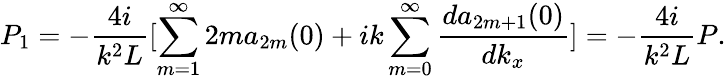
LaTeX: P_{1}=-\frac{4i}{k^{2}L}[\sum_{m=1}^{\infty}2ma_{2m}(0)+ik\sum_{m=0}^{\infty}\frac{da_{2m+1}(0)}{dk_{x}}]=-\frac{4i}{k^{2}L}P.